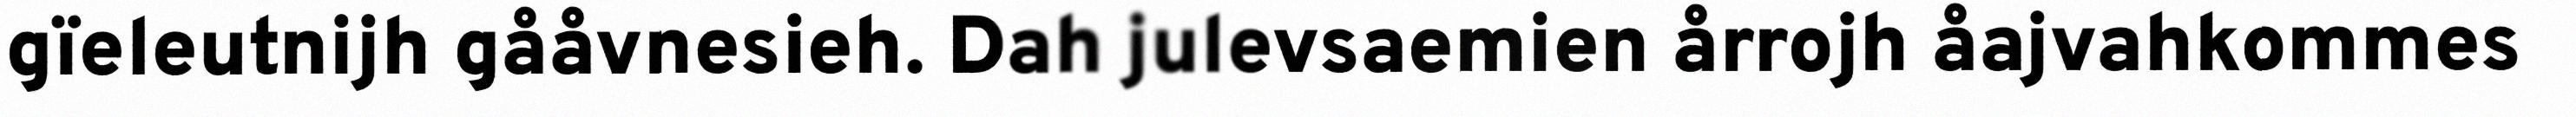
gïeleutnijh gååvnesieh. Dah julevsaemien årrojh åajvahkommes